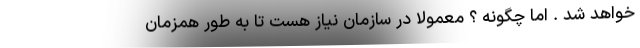
خواهد شد . اما چگونه ؟ معمولا در سازمان نیاز هست تا به طور همزمان